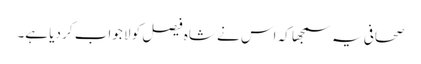
صحافی یہ سمجھا کہ اس نے شاہ فیصل کو لا جواب کر دیا ہے۔